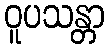
ဝူပသန္တာ